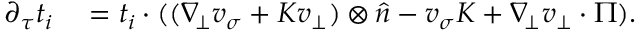
\begin{array} { r l } { \partial _ { \tau } t _ { i } } & { { } = t _ { i } \cdot ( ( \nabla _ { \! \bot } v _ { \sigma } + K v _ { \bot } ) \otimes \widehat { n } - v _ { \sigma } K + \nabla _ { \! \bot } v _ { \bot } \cdot \Pi ) . } \end{array}